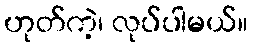
ဟုတ်ကဲ့၊ လုပ်ပါမယ်။